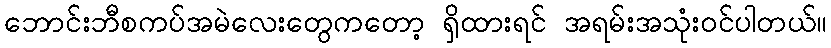
ဘောင်းဘီစကပ်အမဲလေးတွေကတော့ ရှိထားရင် အရမ်းအသုံးဝင်ပါတယ်။